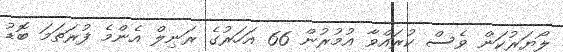
ލޯޔަރުކަން ވެސް ކުރައްވާ އުމުރުން 66 އަހަރުގެ ރަނިލް އެންމެ ފުރަތަމަ ބޮޑު